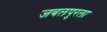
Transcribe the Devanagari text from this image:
जबलपुरला